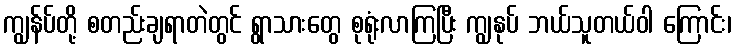
ကျွန်ပ်တို့ စတည်းချရာတဲတွင် ရွာသားတွေ စုရုံးလာကြပြီး ကျွနုပ် ဘယ်သူတယ်ဝါ ကြောင်း၊